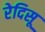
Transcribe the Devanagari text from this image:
रेदिसू